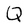
Character: Q